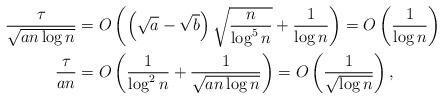
LaTeX: \begin{align*} \frac{\tau}{ \sqrt{a n\log n }} & = O\left( \left( \sqrt{a}-\sqrt{b} \right) \sqrt{\frac{n}{\log^5 n}} + \frac{1}{\log n} \right) =O\left( \frac{1}{\log n} \right) \\ \frac{\tau}{ a n} & = O\left(\frac{1}{\log^2 n} + \frac{1}{\sqrt{a n \log n}}\right) =O\left( \frac{1}{\sqrt{\log n}}\right) , \end{align*}